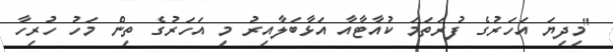
"މިދިޔަ އަހަރުގެ ފުރަތަމަ ކުއާޓާއާ އަޅާބަލާއިރު މި އަހަރުގެ ތިން މަހު ހުރިހާ